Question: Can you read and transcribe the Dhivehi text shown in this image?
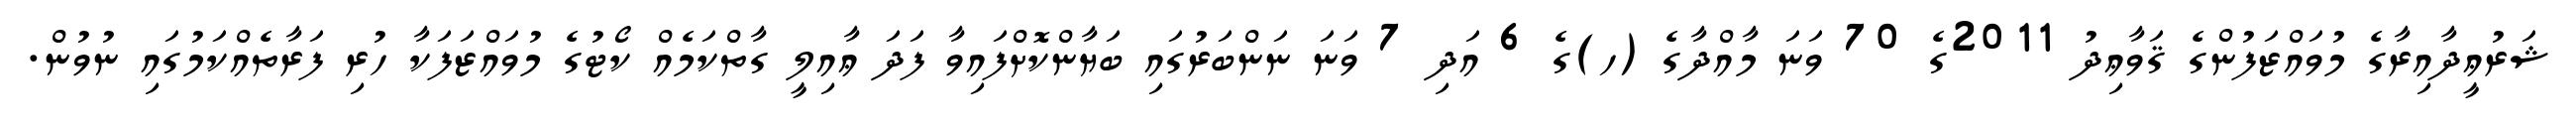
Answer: ޝަރުޢީދާއިރާގެ މުވައްޒަފުންގެ ޤަވާޢިދު 2011ގެ 70 ވަނަ މާއްދާގެ (ހ)ގެ 6 އަދި 7 ވަނަ ނަންބަރުގައި ބަޔާންކޮށްފައިވާ ފަދަ ޢާއިލީ ގާތްކަމެއް ކޯޓުގެ މުވައްޒަފަކާ ހުރި ފަރާތެއްކަމުގައި ނުވުން.